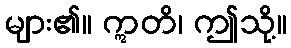
များ၏။ ဣတိ၊ ဤသို့။